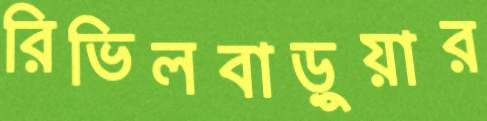
রিভিলবাড়ুয়ার